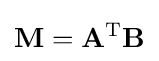
\mathbf {M} =\mathbf {A} ^{\operatorname {T} }\mathbf {B}